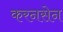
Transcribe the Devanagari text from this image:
करनसेन